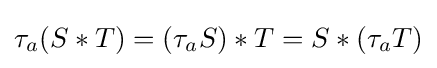
\tau _{a}(S\ast T)=\left(\tau _{a}S\right)\ast T=S\ast \left(\tau _{a}T\right)